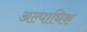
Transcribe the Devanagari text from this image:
अल्पाधिक